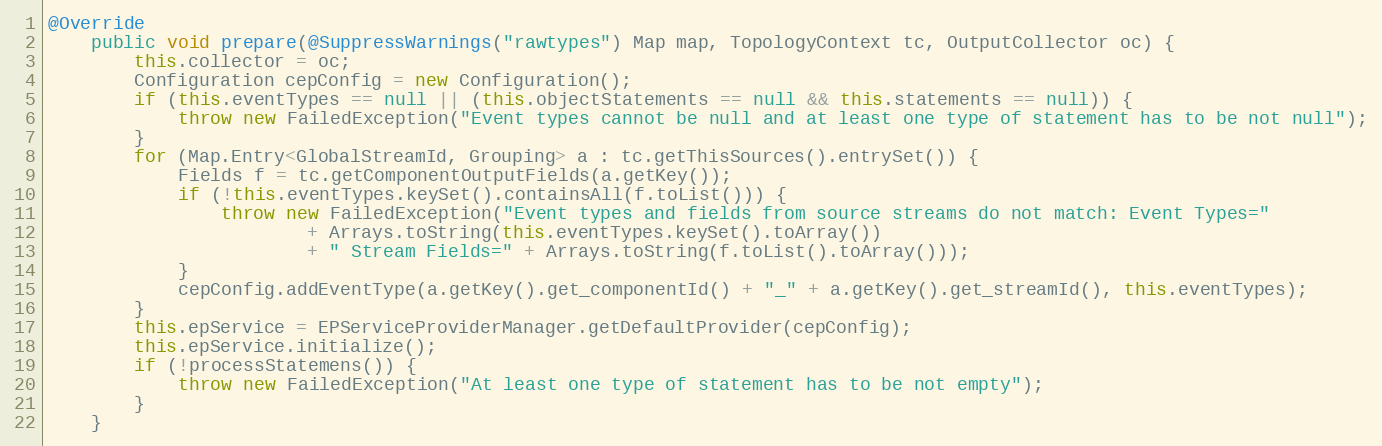
Language: Java
@Override
    public void prepare(@SuppressWarnings("rawtypes") Map map, TopologyContext tc, OutputCollector oc) {
        this.collector = oc;
        Configuration cepConfig = new Configuration();
        if (this.eventTypes == null || (this.objectStatements == null && this.statements == null)) {
            throw new FailedException("Event types cannot be null and at least one type of statement has to be not null");
        }
        for (Map.Entry<GlobalStreamId, Grouping> a : tc.getThisSources().entrySet()) {
            Fields f = tc.getComponentOutputFields(a.getKey());
            if (!this.eventTypes.keySet().containsAll(f.toList())) {
                throw new FailedException("Event types and fields from source streams do not match: Event Types="
                        + Arrays.toString(this.eventTypes.keySet().toArray())
                        + " Stream Fields=" + Arrays.toString(f.toList().toArray()));
            }
            cepConfig.addEventType(a.getKey().get_componentId() + "_" + a.getKey().get_streamId(), this.eventTypes);
        }
        this.epService = EPServiceProviderManager.getDefaultProvider(cepConfig);
        this.epService.initialize();
        if (!processStatemens()) {
            throw new FailedException("At least one type of statement has to be not empty");
        }
    }